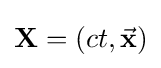
\mathbf {X} =\left(ct,{\vec {\mathbf {x} }}\right)